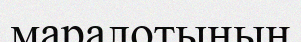
маралотының